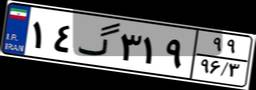
۱۴گ۳۱۹۹۹